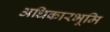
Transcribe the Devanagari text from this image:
अधिकारभूमि